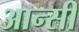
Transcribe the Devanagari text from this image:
आन्सी